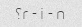
r - i - n؟